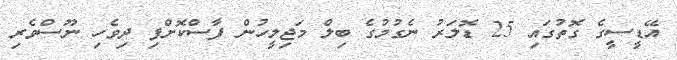
އޭޑީސީގެ ގޮތުގައި 25 ޑޮލަރު ނެގުމުގެ ބިލް މަޖިލީހުން ފާސްކޮށްފި ދިވެހި ނޫސްވެރި